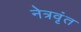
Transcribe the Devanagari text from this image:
नेत्रवृंत